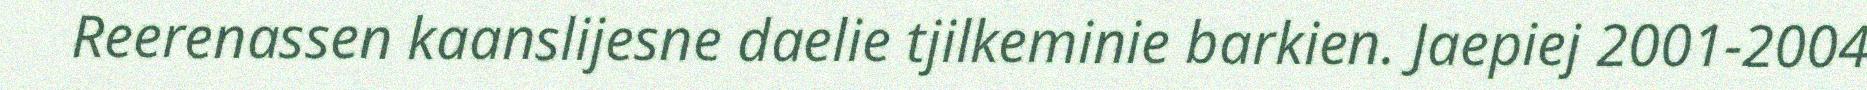
Reerenassen kaanslijesne daelie tjilkeminie barkien. Jaepiej 2001-2004